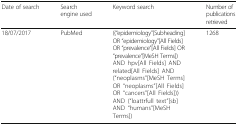
<table><thead><tr><td><b>Date of search</b></td><td><b>Search engine used</b></td><td><b>Keyword search</b></td><td><b>Number of publications retrieved</b></td></tr></thead><tbody><tr><td>18/07/2017</td><td>PubMed</td><td>((“epidemiology”[Subheading] OR “epidemiology”[All Fields] OR “prevalence”[All Fields] OR “prevalence”[MeSH Terms]) AND hpv[All Fields] AND related[All Fields] AND (“neoplasms”[MeSH Terms] OR “neoplasms”[All Fields] OR “cancers”[All Fields])) AND (“loattrfull text”[sb] AND “humans”[MeSH Terms])</td><td>1268</td></tr></tbody></table>